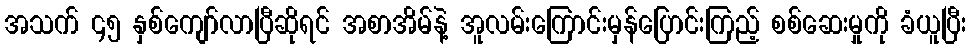
အသက် ၄၅ နှစ်ကျော်လာပြီဆိုရင် အစာအိမ်နဲ့ အူလမ်းကြောင်းမှန်ပြောင်းကြည့် စစ်ဆေးမှုကို ခံယူပြီး